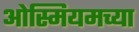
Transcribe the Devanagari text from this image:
ओस्मियमच्या